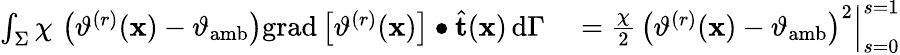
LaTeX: \begin{array}{rl}{\int_{\Sigma}\chi\, \left(\vartheta^{(r)}(\mathbf{x})-\vartheta_{\mathrm{amb}}\right)\mathrm{grad}\left[\vartheta^{(r)}(\mathbf{x})\right]\bullet\widehat{\mathbf{t}}(\mathbf{x})\, \mathrm{d}\Gamma}&{{}=\frac{\chi}{2}\, \left(\vartheta^{(r)}(\mathbf{x})-\vartheta_{\mathrm{amb}}\right)^{2}\Big|_{s=0}^{s=1}}\end{array}